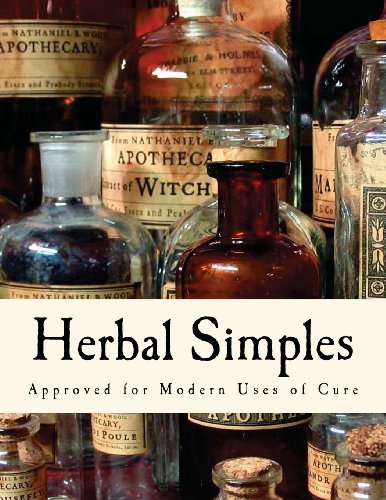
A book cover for Herbal Simples: Approved for Modern Uses of Cure; W T Fernie; Medical Books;